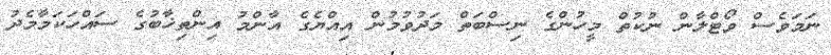
ނަމަވެސް ވޯޓްލާން ނުކުތް މީހުންގެ ނިސްބަތް މަދުވުމުން އިއްޔެގެ އާންމު އިންތިޚާބުގެ ސައްހަކަމާމެދު